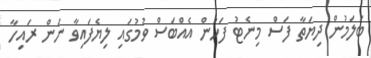
ބަލަމުން ދިޔަތާ ފަސް މިނެޓު ފަހުން އެއްބަސް ވުމުގައި ލިޔެފައިވާ ނަން ރައިހާ